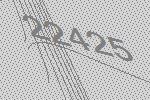
22425